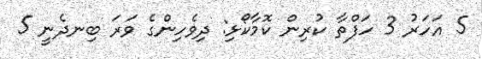
5 އަހަރު 3 ހަފްތާ ކުރިން ކޮމާކޯޅި: ދިވެހިންގެ ވަރަ ބިނދެނީ 5